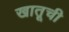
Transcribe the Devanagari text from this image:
खातूची